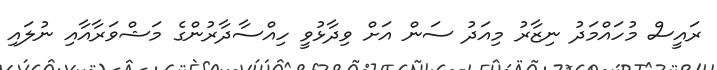
ރައީސް މުހައްމަދު ނިޒާރު މިއަދު ސަން އަށް ވިދާޅުވީ ހިއްސާދާރުންގެ މަޝްވަރާއާއި ނުލައި